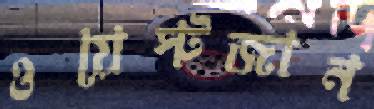
ওয়েস্টজান